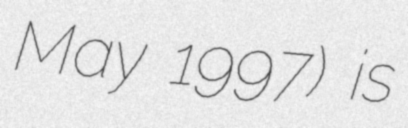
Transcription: May 1997) is